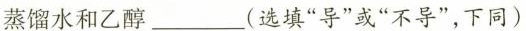
蒸馏水和乙醇___(选填”导”或”不导”，下同)